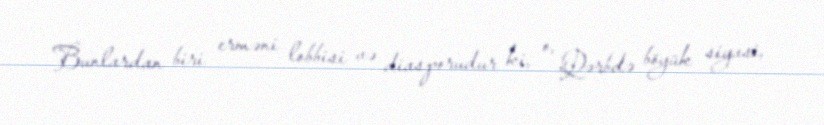
Bunlardan biri erməni lobbisi və diasporudur ki, o, Qərbdə böyük siyasi,